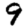
Digit: 9